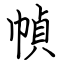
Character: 幀